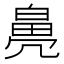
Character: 𤾒